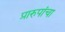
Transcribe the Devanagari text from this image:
प्रारुपांचा